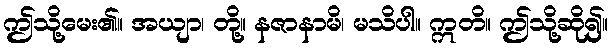
ဤသို့မေး၏။ အယျာ၊ တို့။ နဇာနာမိ၊ မသိပါ။ ဣတိ။ ဤသို့ဆို၍။